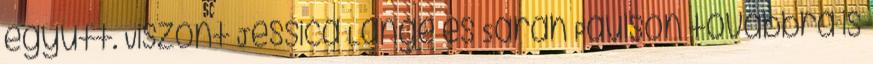
együtt. Viszont Jessica Lange és Sarah Paulson továbbra is